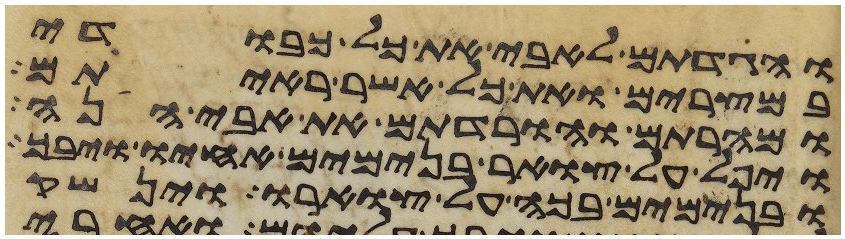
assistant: והגדתם לאבי את כל כבודי
במצרים ואת כל אשר ראיתם
ומהרתם והורדתם את אבי הנה
ויפל על צואר בנימים אחיו ויבך
ובנימים בכה על צוארו וינשק